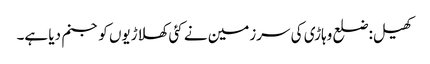
کھیل:ضلع وہاڑی کی سرزمین نے کئی کھلاڑیوں کو جنم دیا ہے۔